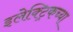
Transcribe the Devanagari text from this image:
इलेक्ट्रिकच्या